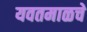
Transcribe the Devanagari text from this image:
यवतमाळचे